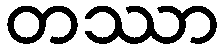
တဿာ